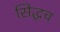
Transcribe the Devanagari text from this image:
सिद्धच